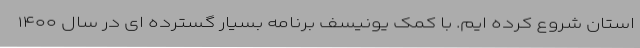
استان شروع کرده ایم. با کمک یونیسف برنامه بسیار گسترده ای در سال ۱۴۰۰